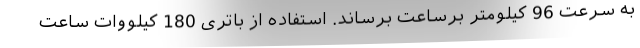
به سرعت 96 کیلومتر برساعت برساند. استفاده از باتری 180 کیلووات ساعت